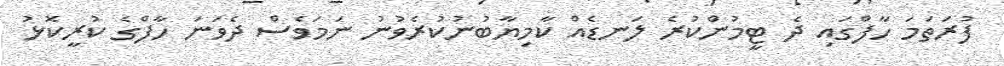
ފުރަތަމަ ހާފްގައި ދެ ޓީމުންކުރެ ލަނޑެއް ކާމިޔާބުނުކުރެވުނު ނަމަވެސް ދެވަނަ ހާފްގެ ކުރީކޮޅު